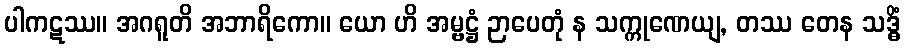
ပါကဋဿ။ အဂရူတိ အဘာရိကော။ ယော ဟိ အမ္ဗဋ္ဌံ ဉာပေတုံ န သက္ကုဏေယျ, တဿ တေန သဒ္ဓိံ